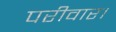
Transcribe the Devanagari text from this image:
परीवार।